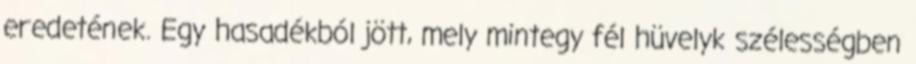
eredetének. Egy hasadékból jött, mely mintegy fél hüvelyk szélességben